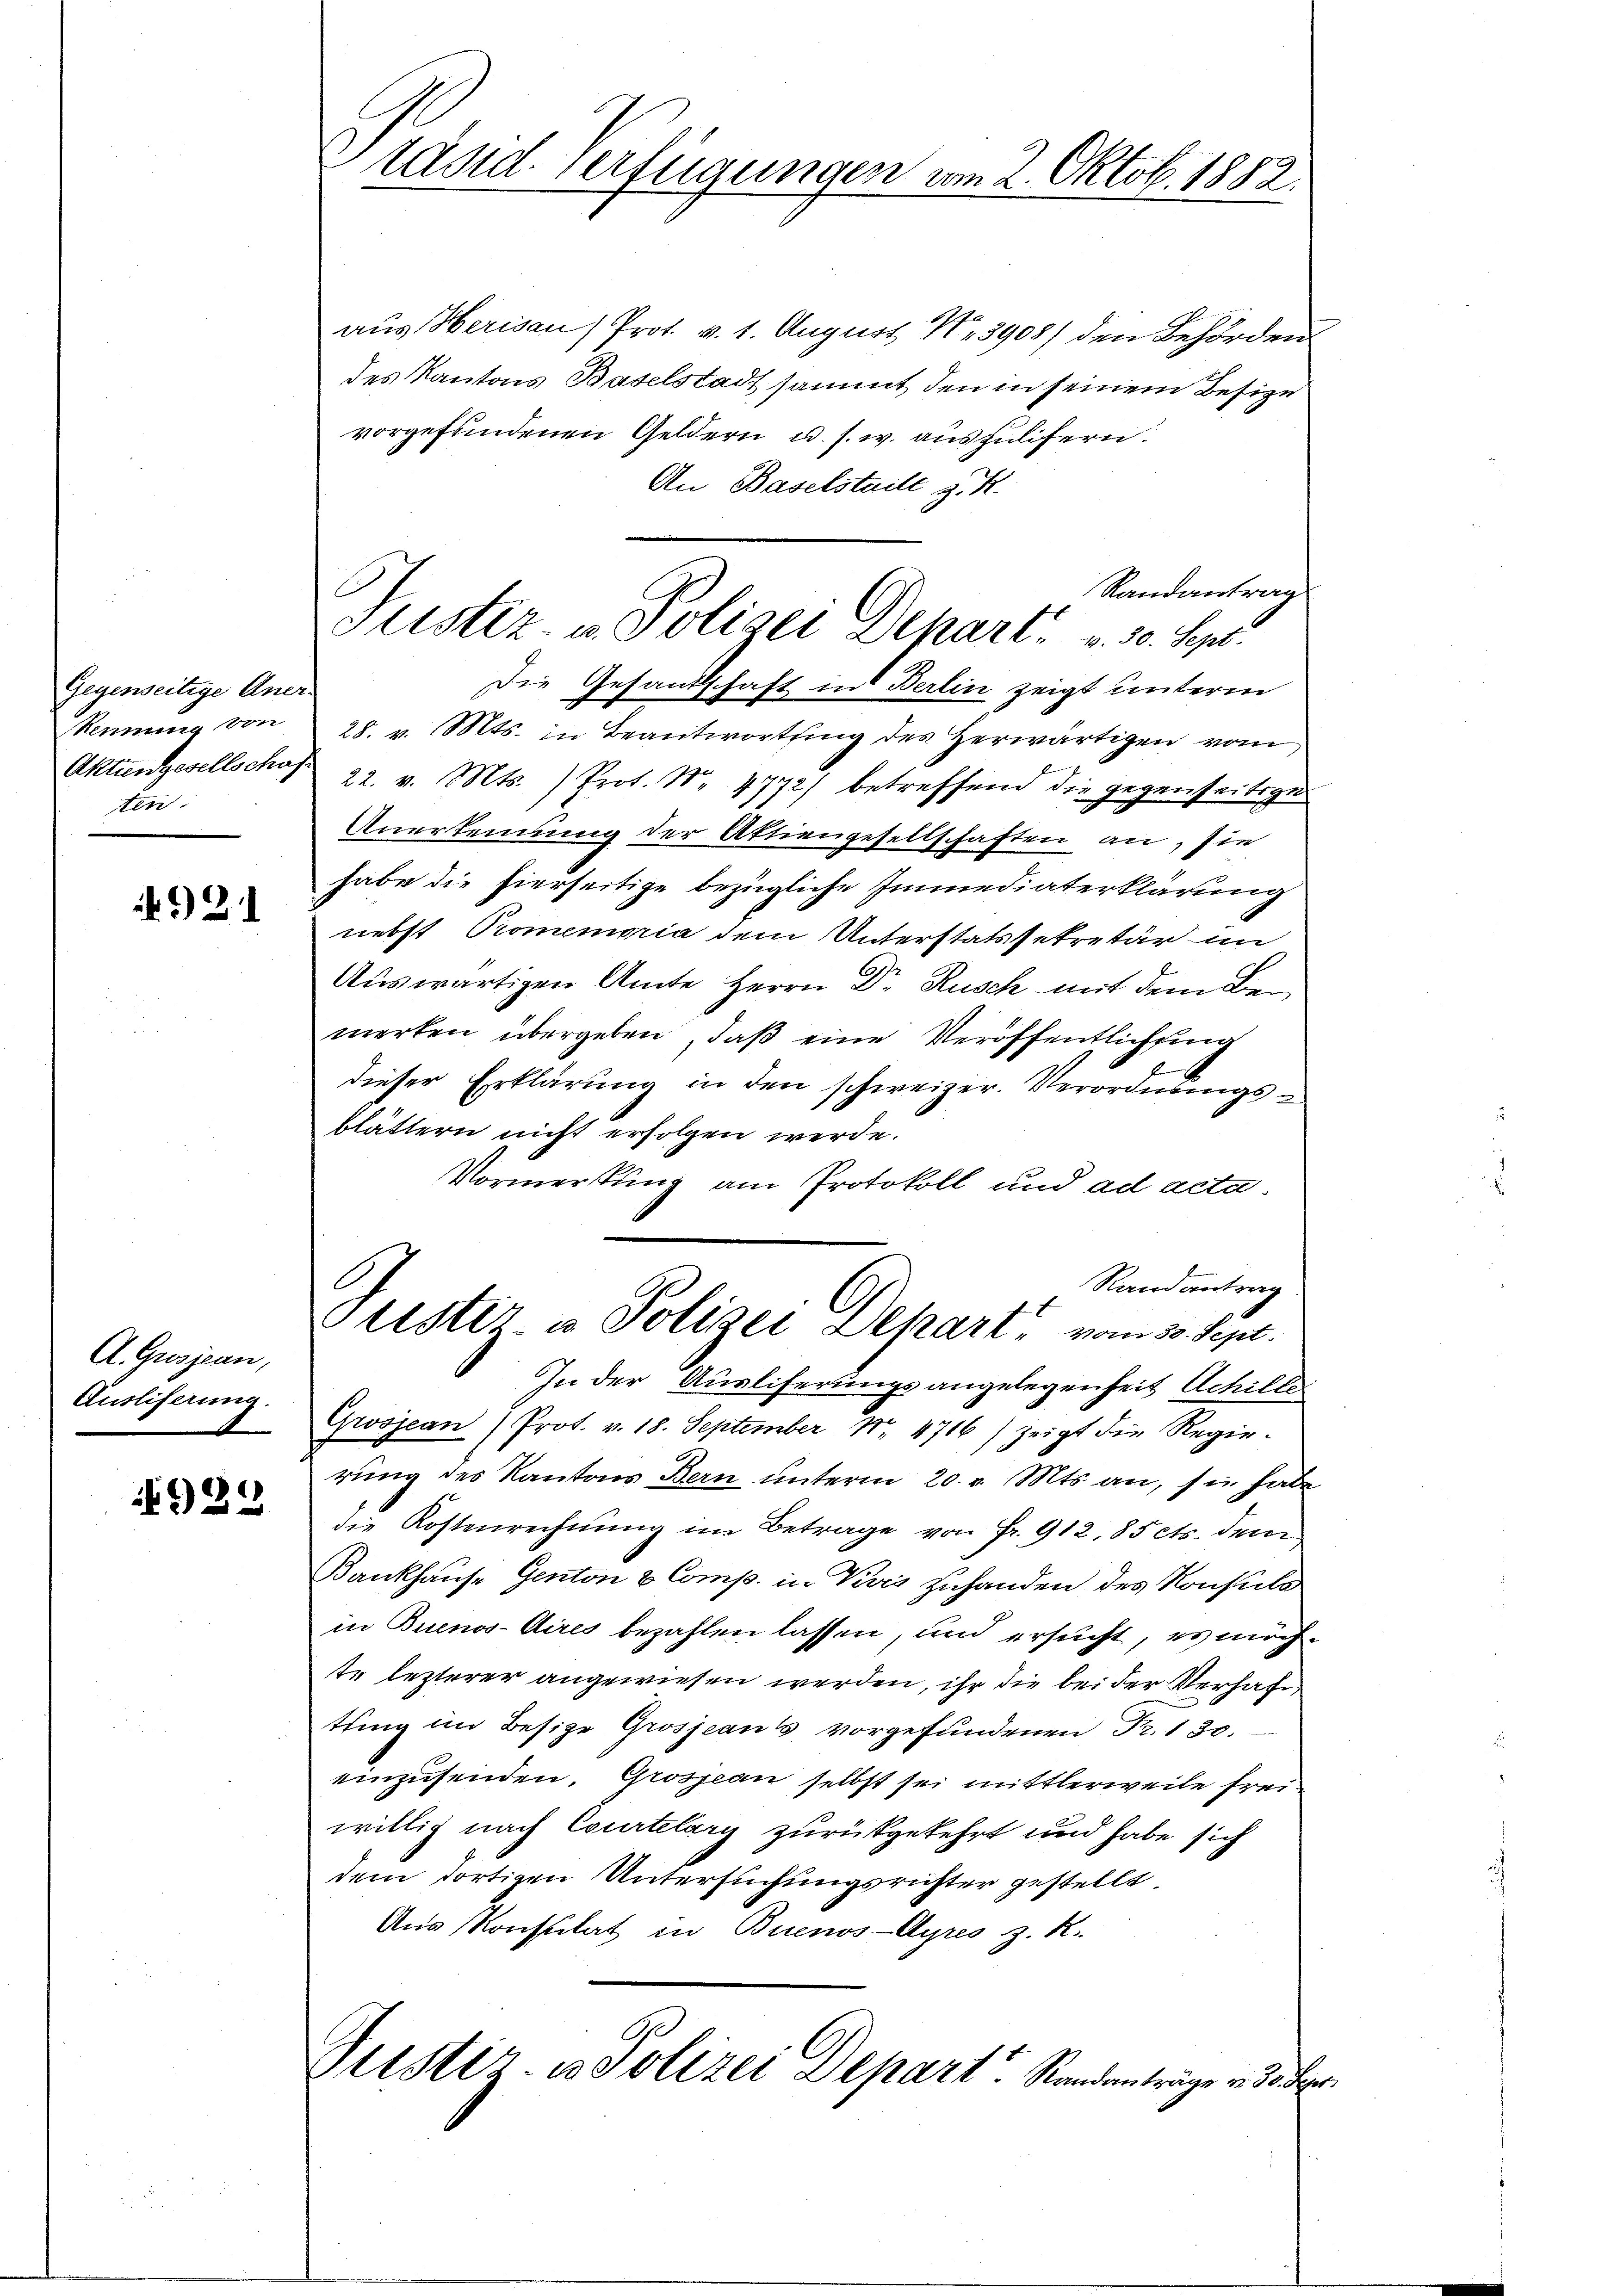
Gegenseitige Aner-
Mennung von
ten.

) 21

A. Gresjean,
Ausliferung.

922

aus Herisau / Prot. v. 1. August Nr. 3905) den Behörden
des Kantons Baselstadt sammt, den in seinem Besize
vorgefundenen Geldern u. s. w. auszulifern.
An Baselstaile z. R.
Randantrag
Die Gesandtschaft in Berlin zeigt unterm
28. v. Mts. in Beantwortung des Herwärtigen vom
Aktungesellschaft 22. v. Mts. ) Prot. No. 4772) betreffend die gegenseitige
Anerkennung der Aktiengesellschaften an, sie
habe die hierseitige bezügliche Immediaterklärung
nebst Promemoria dem Unterstatssekretär im
Auswärtigen Amte Herrn Dr. Rusch mit dem Bemerken übergeben, daß eine Veröffentlichung
dieser Erklärung in den schweizer. Verordnungsblättern nicht erfolgen werde.
Vormerkung am Protokoll und ad acta
Randantrag
Frister u. Polizei Depart, vom 30. Sept.
In der Ausliserungsangelegenheit Achille
Grsjean Prot. v. 18. September Nr. 4716) zeigt die Regierung des Kantons Bern unterm 20. v. Mts. an, sie habe
die Kostenrechnung im Betrage von Fr. 912,85 cts. dem
Bankhause Genton & Comp. in Kreis zuhanden des Konsuls
in Buenos-Aires bezahlen lassen, und ersucht, es möchte lezterer angewiesen werden, ihr die bei der Verhaft
tting im Besize Grosjean, vorgefundenen Fr. 130.
einzusenden. Grosseau selbst sei mittlerweile freiwillig nach Courtelary zurückgekehrt und habe sich
dem dortigen Untersuchungsrichter gestellt.
Aus Konsulat in Buenos-Ayres z. R.
1
Pustiz- & Polizei Depart. Randanträge v. 3. Fer

Präsid. Verfügungen vom 2. Oktob. 1882.

Justiz- u. Polizei Depart v. 30. Sept.